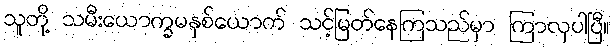
သူတို့ သမီးယောက္ခမနှစ်ယောက် သင့်မြတ်နေကြသည်မှာ ကြာလှပါပြီ။